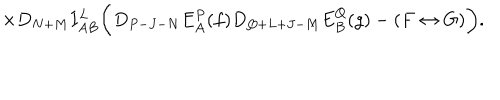
\times D _ { N + M } I _ { A B } ^ { L } \biggl ( D _ { P - J - N } E _ { A } ^ { P } ( f ) D _ { Q + L + J - M } E _ { B } ^ { Q } ( g ) - ( F \leftrightarrow G ) \biggr ) .